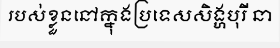
របស់ខ្លួននៅក្នុងប្រទេសសិង្ហបុរី នា